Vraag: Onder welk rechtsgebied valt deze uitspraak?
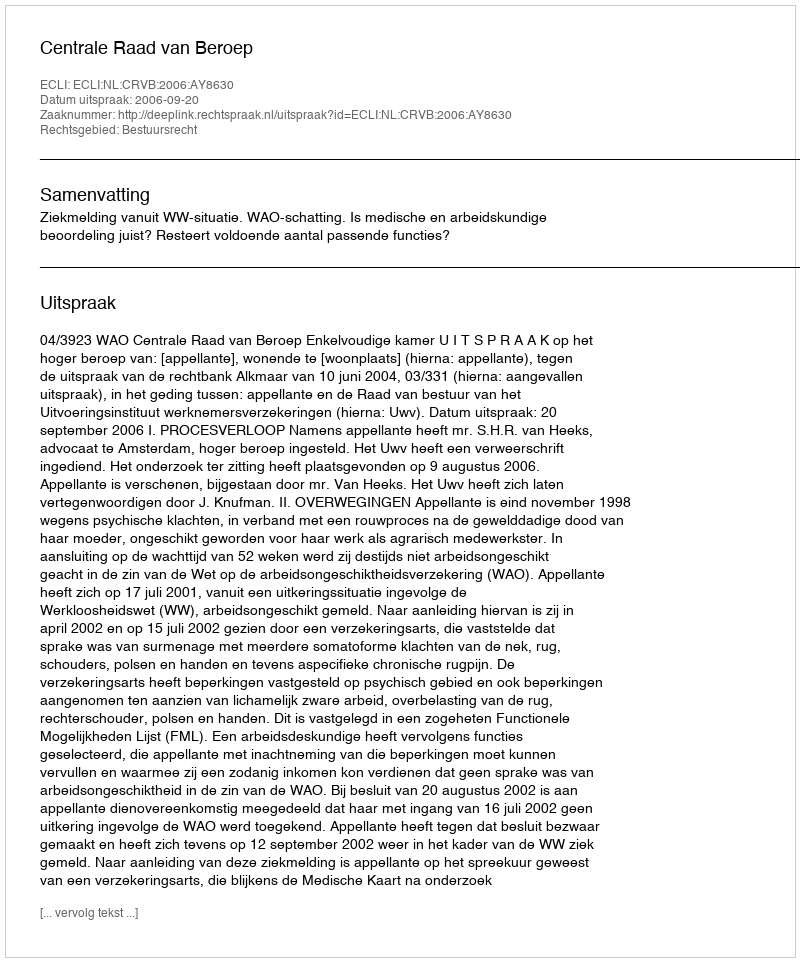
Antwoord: Bestuursrecht